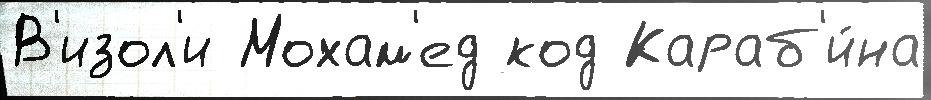
В'изол'и Мохам'ед код Караб'и́на